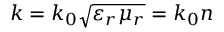
k = k _ { 0 } { \sqrt { \varepsilon _ { r } \mu _ { r } } } = k _ { 0 } n